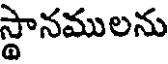
స్థానములను